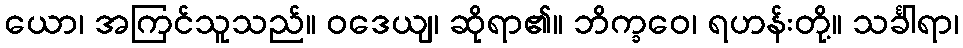
ယော၊ အကြင်သူသည်။ ဝဒေယျ၊ ဆိုရာ၏။ ဘိက္ခဝေ၊ ရဟန်းတို့။ သင်္ခါရာ၊